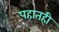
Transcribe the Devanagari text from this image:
पहातही